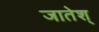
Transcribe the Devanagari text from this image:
जातेश्